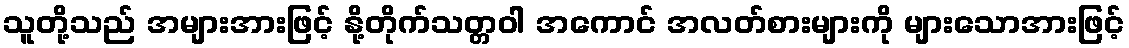
သူတို့သည် အများအားဖြင့် နို့တိုက်သတ္တဝါ အကောင် အလတ်စားများကို များသောအားဖြင့်